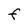
Character: F